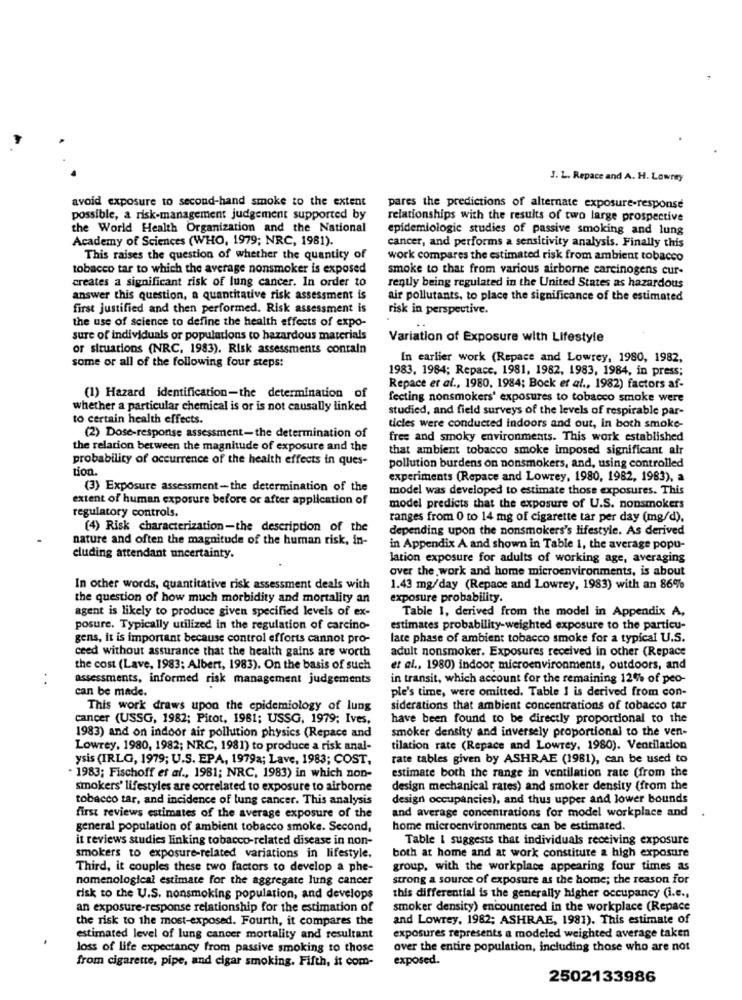
J. L. Repace and A. H. Lowrey
avoid exposure to second-hand smoke to the extent
pares the predictions of alternate exposure-response
possible, a risk-management judgement supported by
relationships with the results of two large prospective
the World Health Organization and the National
epidemiologic studies of passive smoking and lung
Academy of Sciences (WHO, 1979; NRC, 1981).
cancer, and performs a sensitivity analysis. Finally this
This raises the question of whether the quantity of
work compares the estimated risk from ambient tobacco
tobacco tar to which the average nonsmoker is exposed
smoke to that from various airborne carcinogens cur-
creates a significant risk of lung cancer. In order to
rently being regulated in the United States as hazardous
answer this question, a quantitative risk assessment is
air pollutants, to place the significance of the estimated
first justified and then performed. Risk assessment is
risk in perspective.
the use of science to define the health effects of expo-
sure of individuals or populations to hazardous materials
Variation of Exposure with Lifestyle
or situations (NRC, 1983). Risk assessments contain
some or all of the following four steps:
In earlier work (Repace and Lowrey, 1980, 1982,
1983, 1984; Repace, 1981, 1982, 1983, 1984, in press;
Repace et al ., 1980, 1984; Bock et al ., 1982) factors af-
(1) Hazard identification-the determination of
fecting nonsmokers' exposures to tobacco smoke were
whether a particular chemical is or is not causally linked
studied, and field surveys of the levels of respirable par-
to certain health effects.
ticles were conducted indoors and out, in both smoke-
(2) Dose-response assessment-the determination of
free and smoky environments. This work established
the relation between the magnitude of exposure and the
that ambient tobacco smoke imposed significant air
probability of occurrence of the health effects in ques-
tion.
pollution burdens on nonsmokers, and, using controlled
experiments (Repace and Lowrey, 1980, 1982, 1983), a
(3) Exposure assessment-the determination of the
model was developed to estimate those exposures. This
extent of human exposure before or after application of
regulatory controls.
model predicts that the exposure of U.S. nonsmokers
ranges from 0 to 14 mg of cigarette tar per day (mg/d).
(4) Risk characterization-the description of the
depending upon the nonsmokers's lifestyle. As derived
nature and often the magnitude of the human risk, in-
in Appendix A and shown in Table 1, the average popu-
cluding attendant uncertainty.
lation exposure for adults of working age, averaging
over the work and home microenvironments, is about
In other words, quantitative risk assessment deals with
1.43 mg/day (Repace and Lowrey, 1983) with an 86%
the question of how much morbidity and mortality an
exposure probability.
agent is likely to produce given specified levels of ex-
Table 1, derived from the model in Appendix A,
posure. Typically utilized in the regulation of carcino-
estimates probability-weighted exposure to the particu-
gens, it is important because control efforts cannot pro-
late phase of ambient tobacco smoke for a typical U.S.
ceed without assurance that the health gains are worth
adult nonsmoker. Exposures received in other (Repace
the cost (Lave, 1983; Albert, 1983). On the basis of such
et al ., 1980) indoor microenvironments, outdoors, and
assessments, informed risk management judgements
in transit, which account for the remaining 12% of peo-
can be made.
ple's time, were omitted. Table I is derived from con-
This work draws upon the epidemiology of lung
siderations that ambient concentrations of tobacco tar
cancer (USSG, 1982; Pitot, 1981; USSG, 1979; Ives,
have been found to be directly proportional to the
smoker density and inversely proportional to the ven-
1983) and on indoor air pollution physics (Repace and
Lowrey, 1980, 1982; NRC, 1981) to produce a risk anal-
tilation rate (Repace and Lowrey, 1980). Ventilation
ysis (IRLG, 1979; U.S. EPA, 1979a; Lave, 1983; COST,
rate tables given by ASHRAE (1981), can be used to
estimate both the range in ventilation rate (from the
- 1983; Fischoff et al ., 1981; NRC, 1983) in which non-
smokers' lifestyles are correlated to exposure to airborne
design mechanical rates) and smoker density (from the
tobacco tar, and incidence of lung cancer. This analysis
design occupancies), and thus upper and lower bounds
and average concentrations for model workplace and
first reviews estimates of the average exposure of the
general population of ambient tobacco smoke. Second,
home microenvironments can be estimated.
it reviews studies linking tobacco-related disease in non-
Table I suggests that individuals receiving exposure
smokers to exposure-related variations in lifestyle.
both at home and at work constitute a high exposure
Third, it couples these two factors to develop a phe-
group, with the workplace appearing four times as
nomenological estimate for the aggregate lung cancer
strong a source of exposure as the home; the reason for
risk to the U.S. nonsmoking population, and develops
this differential is the generally higher occupancy (i.e .,
an exposure-response relationship for the estimation of
smoker density) encountered in the workplace (Repace
the risk to the most-exposed. Fourth, it compares the
and Lowrey, 1982; ASHRAE, 1981). This estimate of
estimated level of lung cancer mortality and resultant
exposures represents a modeled weighted average taken
loss of life expectancy from passive smoking to those
over the entire population, including those who are not
from cigarette, pipe, and cigar smoking. Fifth, it com-
exposed.
2502133986